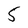
Character: 5